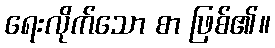
ရေးလိုက်သော စာ ဖြစ်၏။